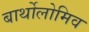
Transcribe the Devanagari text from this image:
बार्थोलोमिव